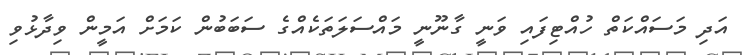
އަދި މަސައްކަތް ހުއްޓިފައި ވަނީ ގާނޫނީ މައްސަލަތަކެއްގެ ސަބަބުން ކަމަށް އަމީން ވިދާޅުވި